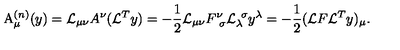
\mathrm { A } _ { \mu } ^ { ( n ) } ( y ) = { \cal L } _ { \mu \nu } A ^ { \nu } ( { \cal L } ^ { T } y ) = - \frac { 1 } { 2 } { \cal L } _ { \mu \nu } F _ { \ \sigma } ^ { \nu } { \cal L } _ { \lambda } ^ { \ \sigma } y ^ { \lambda } = - \frac { 1 } { 2 } ( { \cal L } F { \cal L } ^ { T } y ) _ { \mu } .